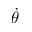
\dot { \theta }